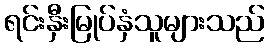
ရင်းနှီးမြုပ်နှံသူများသည်